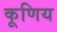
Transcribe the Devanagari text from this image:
कूणिय